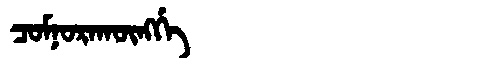
Manchu: ᠴᠣᠮᠨᠣᡵᠠᡴᡡᠩᡤᡝ
Romanization: COMNORAKŪNGGE